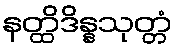
နတ္ထိဒိန္နသုတ္တံ